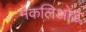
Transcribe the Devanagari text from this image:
मेकलिओड